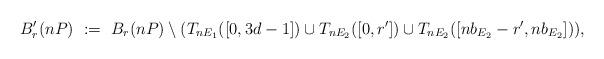
LaTeX: \begin{align*}B'_r(nP)\ :=\ B_r(nP) \setminus (T_{nE_1}([0,3d-1]) \cup T_{nE_2}([0,r']) \cup T_{nE_2}([nb_{E_2}-r', nb_{E_2}]) ),\end{align*}